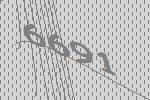
6691